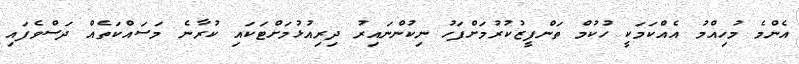
އެންމެ މުހިއްމު އެއްކަމަކީ ހުކުމް ތަންފީޒުކުރުމަށްފަހު ނިކުންނައިރު ދިރިއުޅުމަށްޓަކައި ކުރާނެ މަސައްކަތެއް ދަސްވެފައި